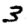
Digit: 3